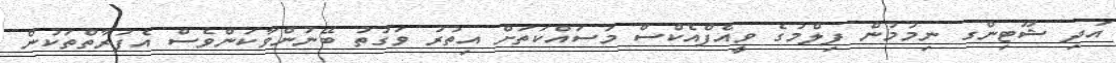
އަދި ޝޫޓިންގ ނިމުމުން ފިލްމުގެ ވީއެފްއެކްސް މަސައްކަތަށް އިތުރު ވަގުތު ބޭނުންވާކަންވެސް އެފަރާތްތަކުން